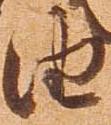
由